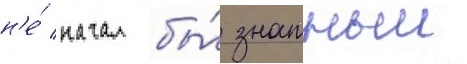
н'е́ начал бы́ знатныи